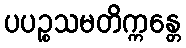
ပပဉ္စသမတိက္ကန္တေ